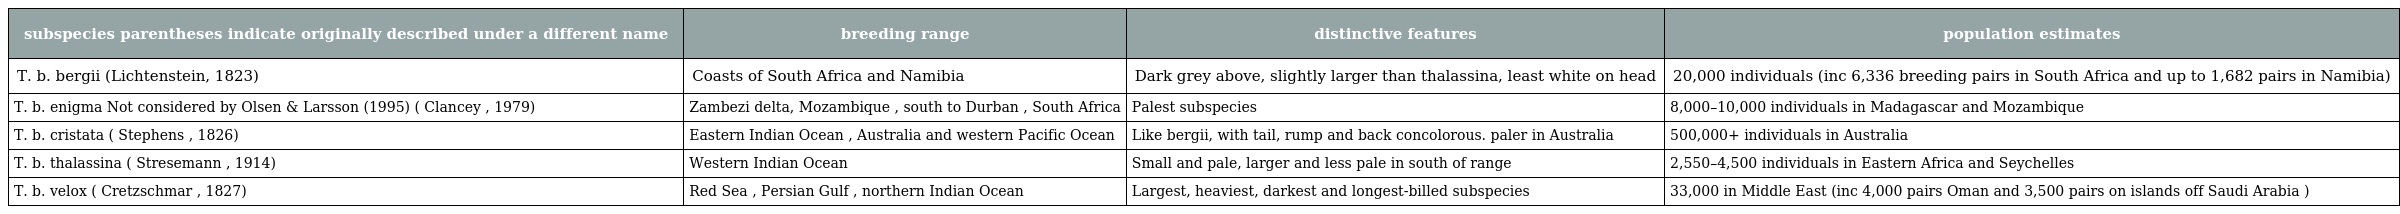
| subspecies parentheses indicate originally described under a different name | breeding range | distinctive features | population estimates |
 | --- | --- | --- | --- |
 | T. b. bergii (Lichtenstein, 1823) | Coasts of South Africa and Namibia | Dark grey above, slightly larger than thalassina, least white on head | 20,000 individuals (inc 6,336 breeding pairs in South Africa and up to 1,682 pairs in Namibia) |
 | T. b. enigma Not considered by Olsen & Larsson (1995) ( Clancey , 1979) | Zambezi delta, Mozambique , south to Durban , South Africa | Palest subspecies | 8,000–10,000 individuals in Madagascar and Mozambique |
 | T. b. cristata ( Stephens , 1826) | Eastern Indian Ocean , Australia and western Pacific Ocean | Like bergii, with tail, rump and back concolorous. paler in Australia | 500,000+ individuals in Australia |
 | T. b. thalassina ( Stresemann , 1914) | Western Indian Ocean | Small and pale, larger and less pale in south of range | 2,550–4,500 individuals in Eastern Africa and Seychelles |
 | T. b. velox ( Cretzschmar , 1827) | Red Sea , Persian Gulf , northern Indian Ocean | Largest, heaviest, darkest and longest-billed subspecies | 33,000 in Middle East (inc 4,000 pairs Oman and 3,500 pairs on islands off Saudi Arabia ) |